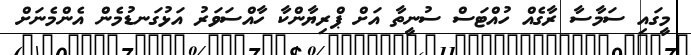
މީގައި ސަމާސާ ރާގެއް ހުއްޓަސް ސުނީތާ އަށް ޕްރިޔާންކާ ހާއްސަވަރު އަޅުގަނޑުމެން އެންމެނަށް